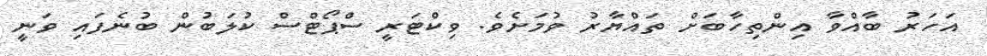
އަހަރު ބާއްވާ އިންތިހާބަށް ތައްޔާރު ވުމަށެވެ. ވިކްޓަރީ ސްޕޯޓްސް ކުލަބުން ބުނެފައި ވަނީ